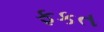
ફકત